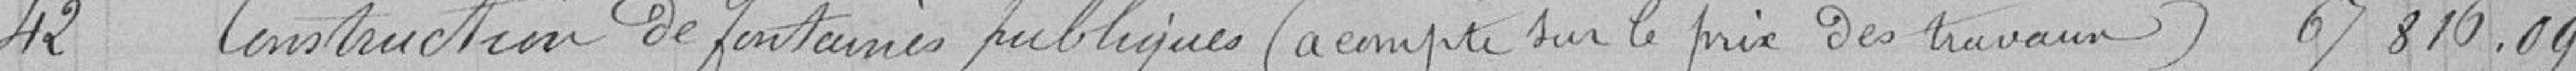
42 Construction de fontaines publiques (acompte sur le prix des travaux) 67816.09